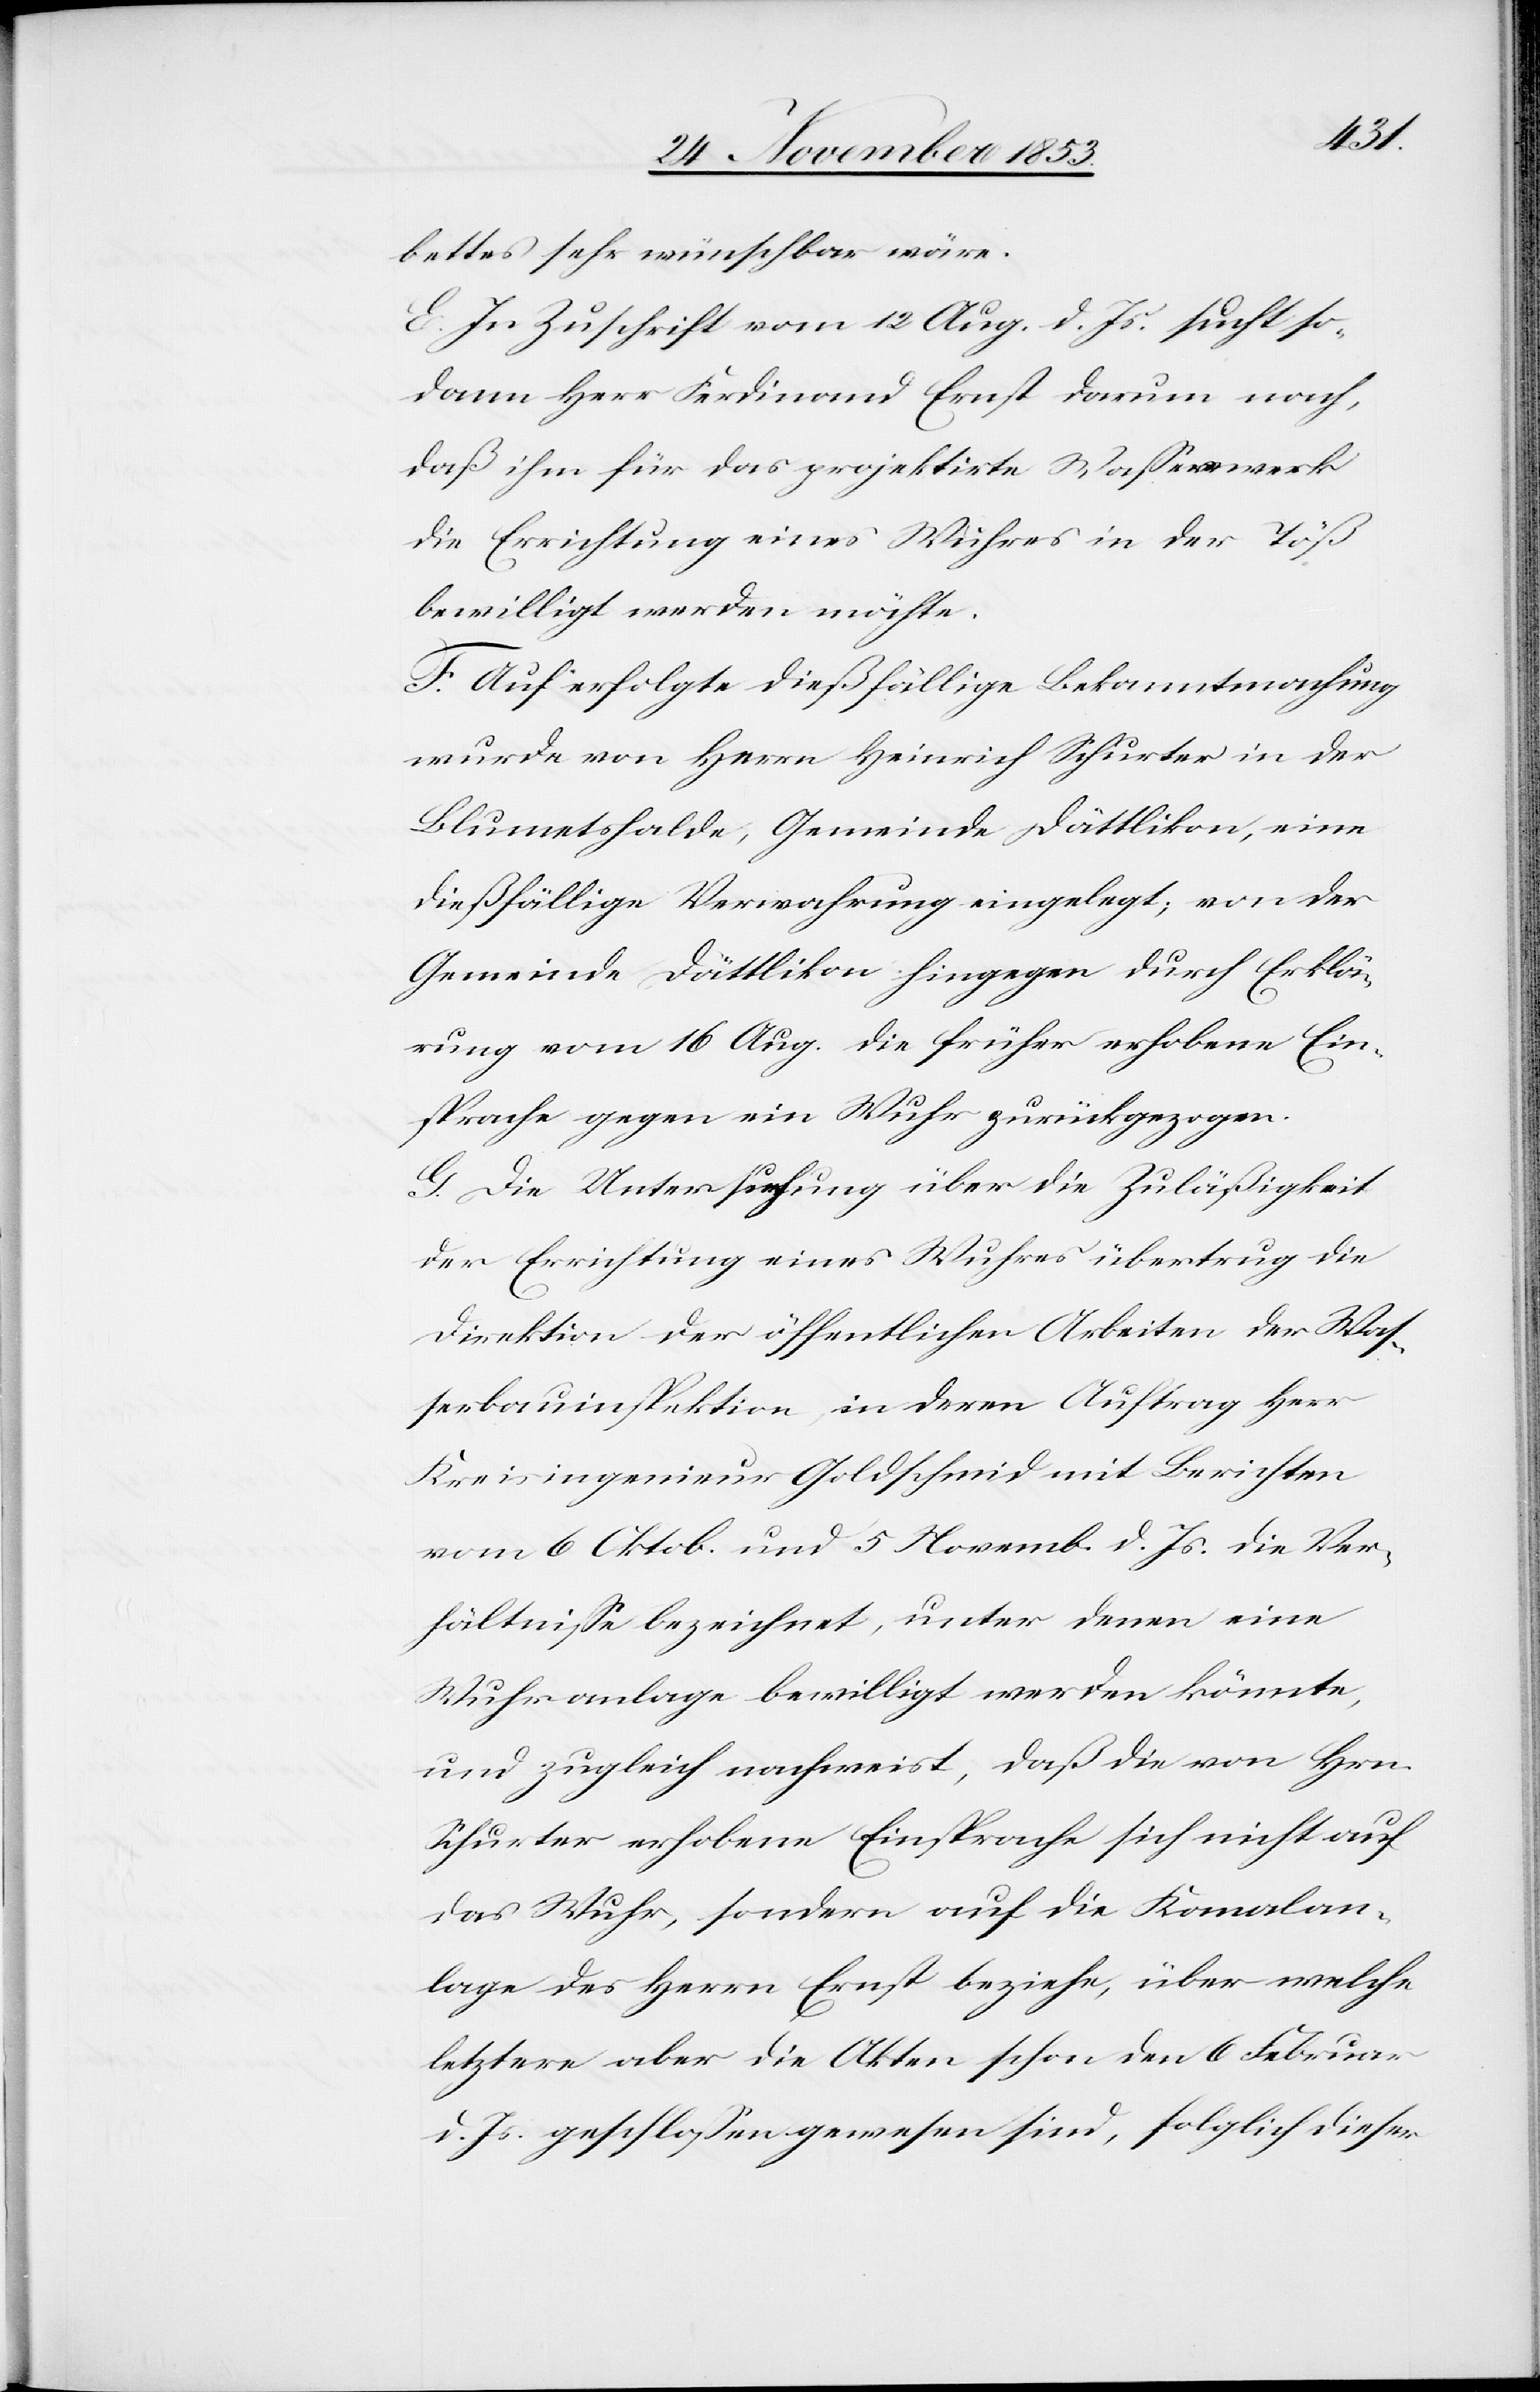
bettes sehr wünschbar wäre.
E. In Zuschrift vom 12 Aug. d. Js. sucht so¬
dann Herr Ferdinand Ernst darum nach,
daß ihm für das projektirte Waßerwerk
die Errichtung eines Wuhres in der Töß
bewilligt werden möchte.
F. Auf erfolgte dießfällige Bekanntmachung
wurde von Herrn Heinrich Schurter in der
Blumetshalde, Gemeinde Dättlikon, eine
dießfällige Verwahrung eingelegt; von der
Gemeinde Dättlikon hingegen durch Erklä¬
rung vom 16 Aug. die früher erhobene Ein¬
sprache gegen ein Wuhr zurückgezogen.
G. Die Untersuchung über die Zuläßigkeit
der Errichtung eines Wuhres übertrug die
Direktion der öffentlichen Arbeiten der Waß¬
erbauinspektion, in deren Auftrag Herr
Kreisingenieur Goldschmid mit Berichten
vom 6 Oktob. und 5 Novemb. d. Js. die Ver¬
hältniße bezeichnet, unter denen eine
Wuhranlage bewilligt werden könnte,
und zugleich nachweist, daß die von Hrn.
Schurter erhobene Einsprache sich nicht auf
das Wuhr, sondern auf die Komalan¬
lage des Herrn Ernst beziehe, über welche
letztere aber die Akten schon den 6 Februar
d. Js. geschloßen gewesen sind, folglich dieser